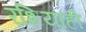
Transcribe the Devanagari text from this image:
रशियाही